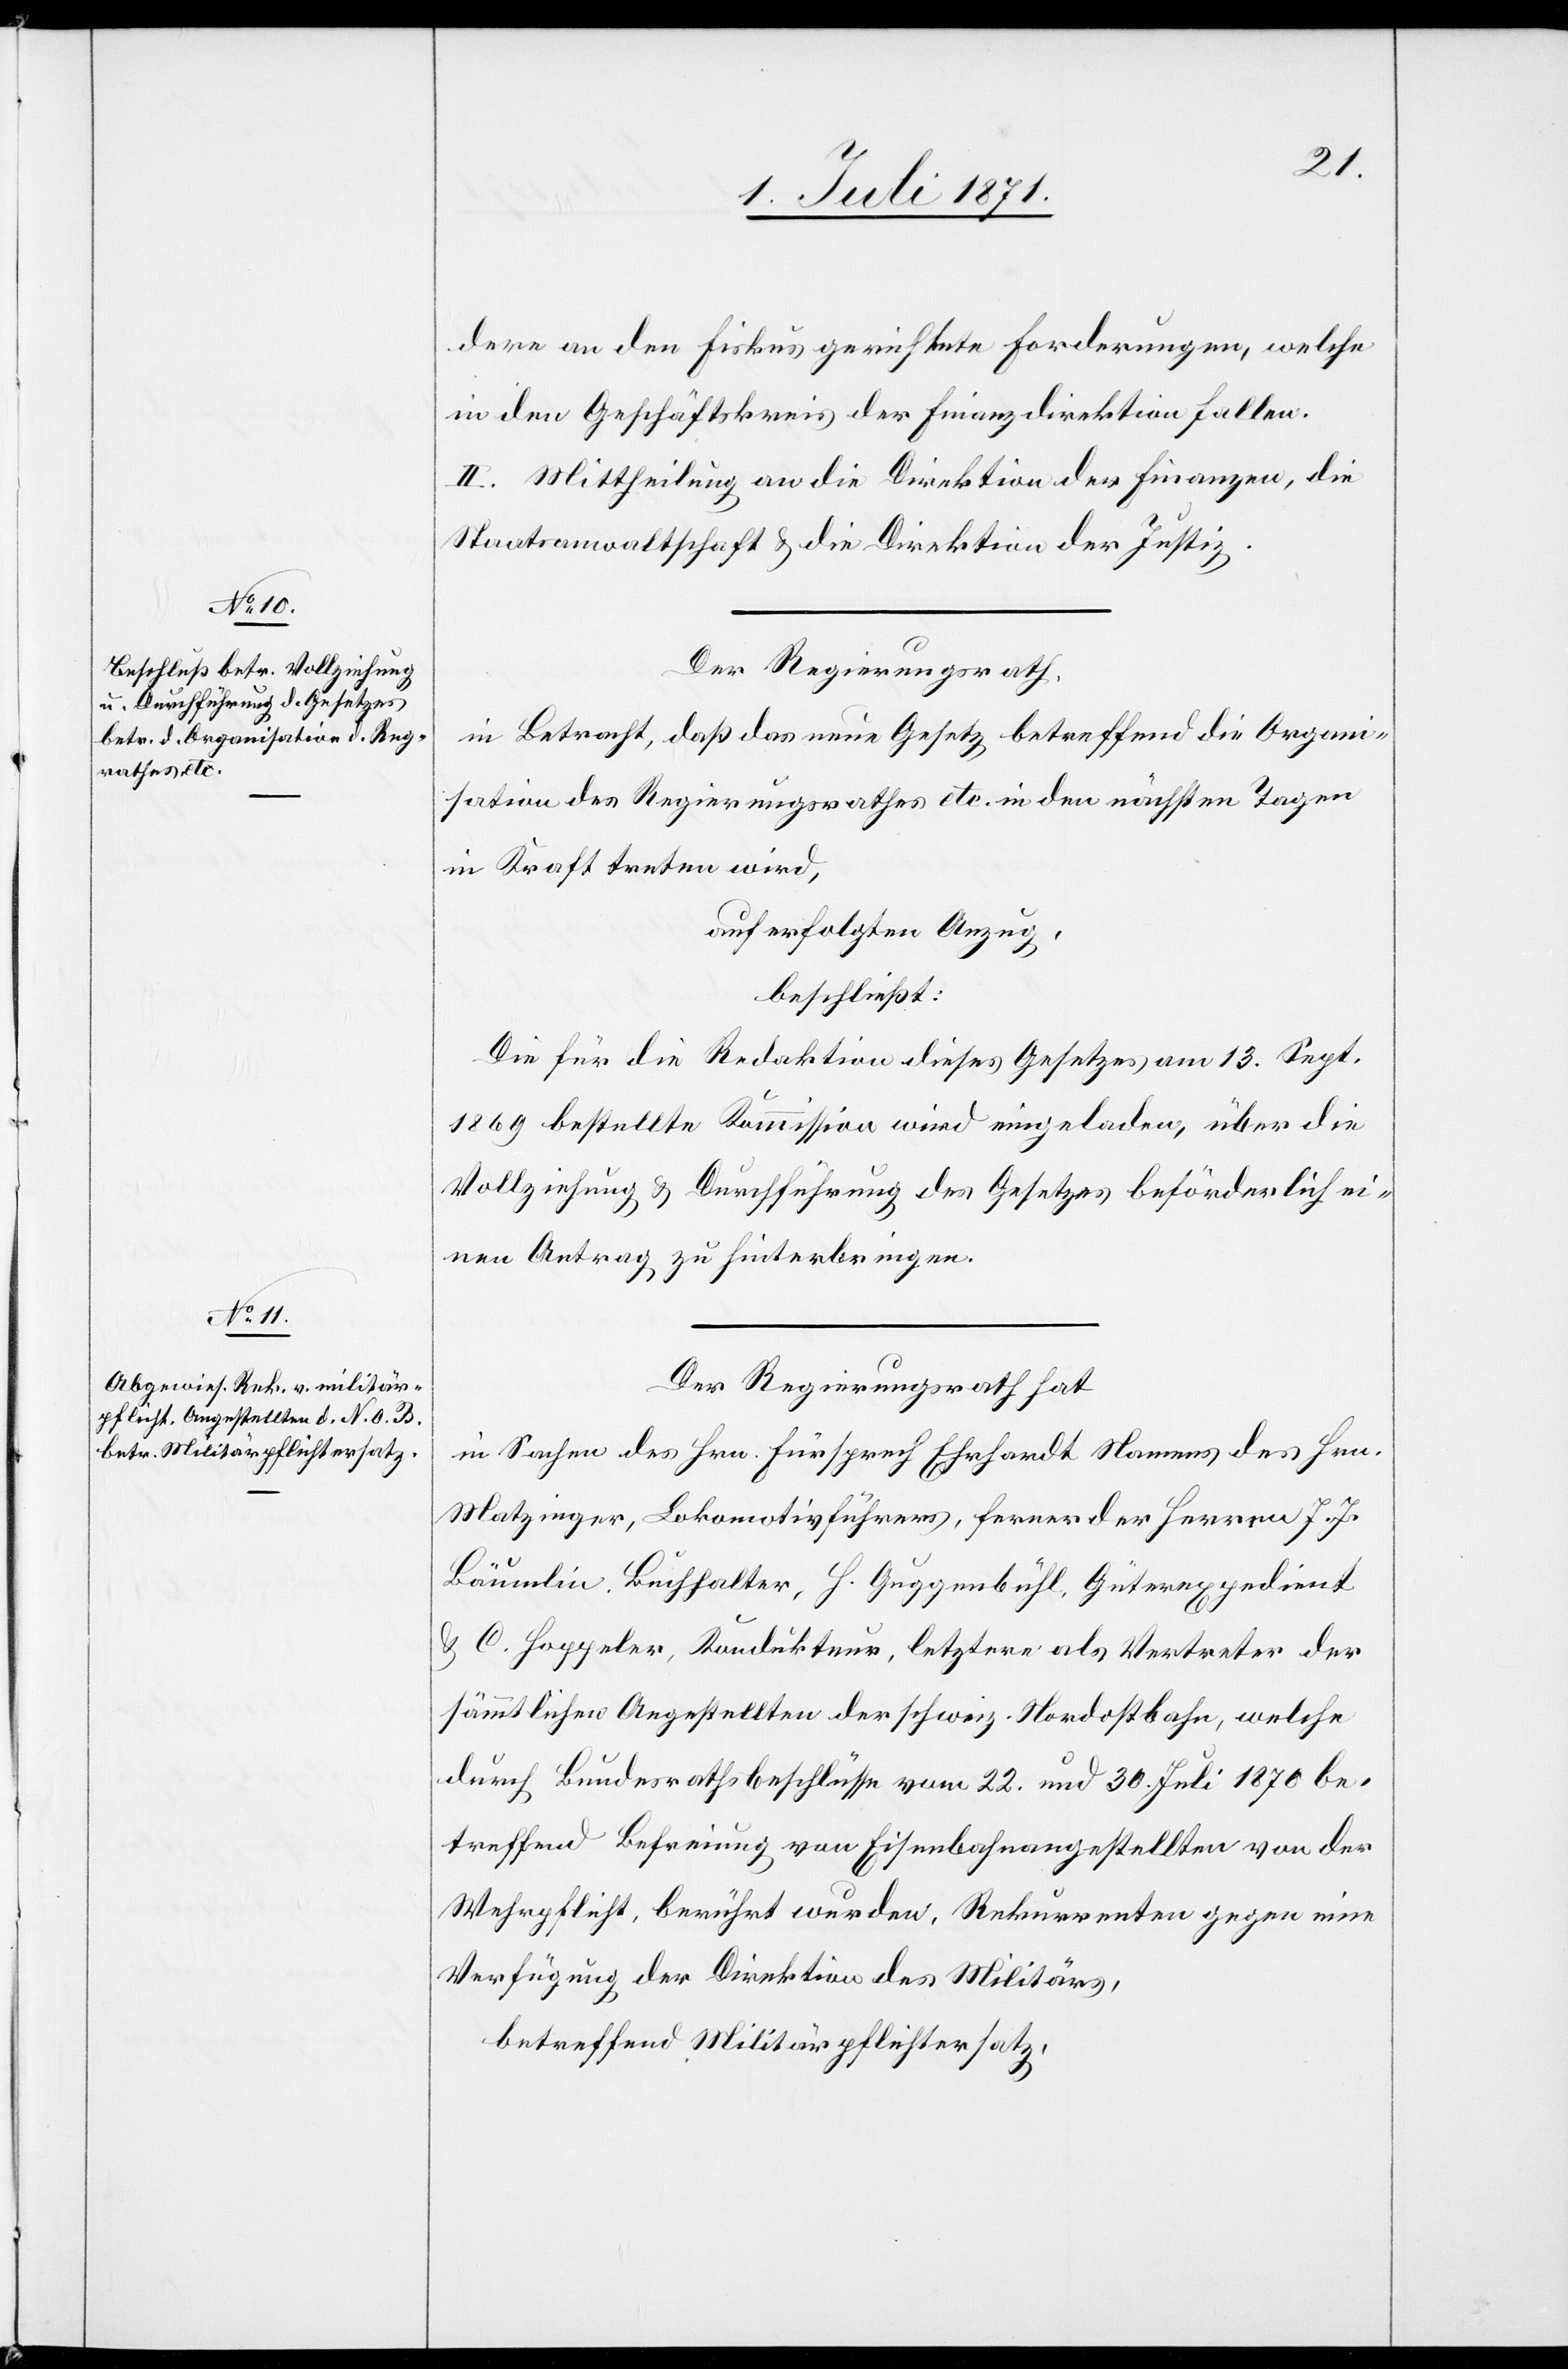
dere an den Fiskus gerichtete Forderungen, welche
in den Geschäftskreis der Finanzdirektion fallen.
II. Mittheilung an die Direktion der Finanzen, die
Staatsanwaltschaft u. die Direktion der Justiz.
Der Regierungsrath,
in Betracht, daß das neue Gesetz betreffend die Organi¬
sation des Regierungsrathes etc. in den nächsten Tagen
in Kraft treten wird,
auf erfolgten Anzug,
beschließt:
Die für die Redaktion dieses Gesetzes am 13. Sept.
1869 bestellte Kommission wird eingeladen, über die
Vollziehung u. Durchführung des Gesetzes beförderlich ei¬
nen Antrag zu hinterbringen.